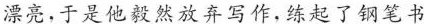
漂亮，于是他毅然放弃写作,练起了钢笔书